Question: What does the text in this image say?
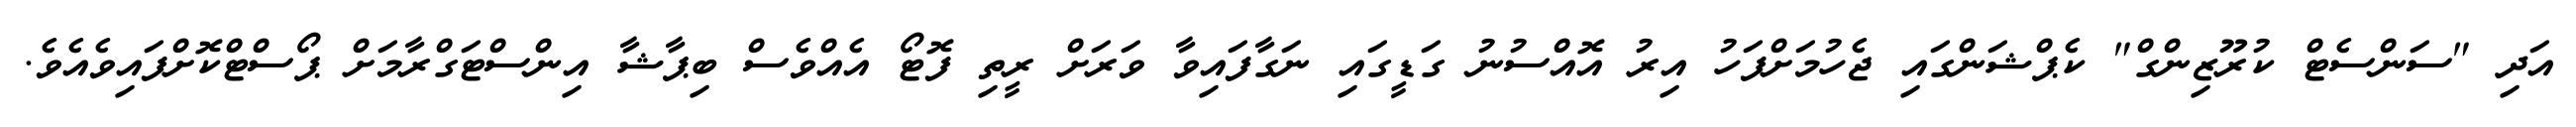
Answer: އަދި "ސަންސެޓް ކުރޫޒިންގް" ކެޕްޝަންގައި ޖެހުމަށްފަހު އިރު އޮއްސުނު ގަޑީގައި ނަގާފައިވާ ވަރަށް ރީތި ފޮޓޯ އެއްވެސް ބިޕާޝާ އިންސްޓަގްރާމަށް ޕޯސްޓްކޮށްފައިވެއެވެ.